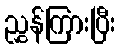
ညွှန်ကြားပြီး